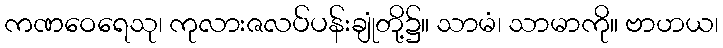
ကဏဝေရေသု၊ ကုလားဇလပ်ပန်းချုံတို့၌။ သာမံ၊ သာမာကို။ ဗာဟယ၊